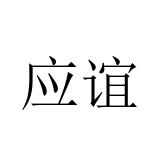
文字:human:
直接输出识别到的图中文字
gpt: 应谊